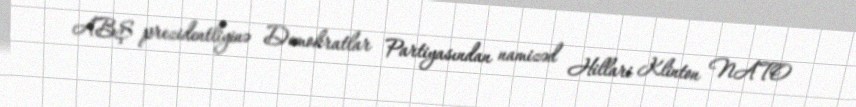
ABŞ prezidentliyinə Demokratlar Partiyasından namizəd Hillari Klinton NATO